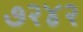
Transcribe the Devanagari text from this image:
७२४२